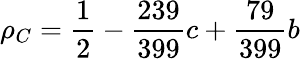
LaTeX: \rho_{C}=\frac{1}{2}-\frac{239}{399}c+\frac{79}{399}b